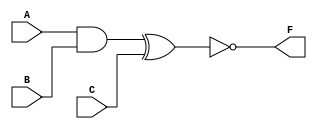
module comb_logic_block (
    input wire A,
    input wire B,
    input wire C,
    output wire F
);

wire D, E;

assign D = A & B;
assign E = D ^ C;
assign F = ~E;

endmodule